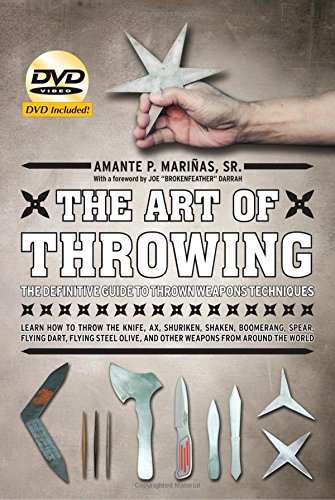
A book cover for The Art of Throwing: The Definitive Guide to Thrown Weapons Techniques [DVD Included]; Amante P. Marinas Sr.; History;